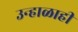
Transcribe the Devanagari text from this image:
उन्हाळाही